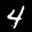
Label: 4